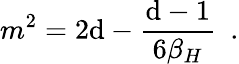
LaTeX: m^{2}=2\mathrm{d}-{\frac{{\mathrm{d}-1}}{{6\beta_{H}}}}~~.